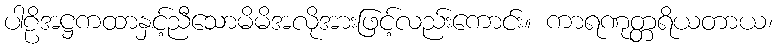
ပါဠိအဋ္ဌကထာနှင့်ညီသောမိမိအလိုအားဖြင့်လည်းကောင်း။ ကာရဏုတ္တရိယတာယ၊